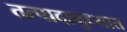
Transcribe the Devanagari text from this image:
तत्पादानुध्यात